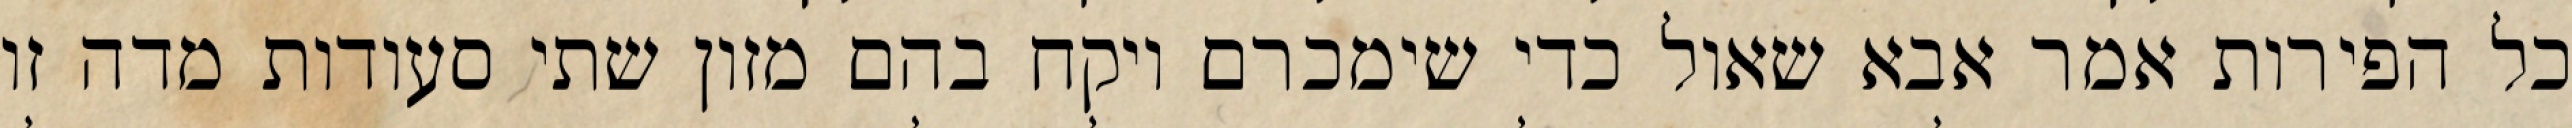
כל הפירות אמר אבא שאול כדי שימכרם ויקח בהם מזון שתי סעודות מדה זו